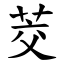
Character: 茭